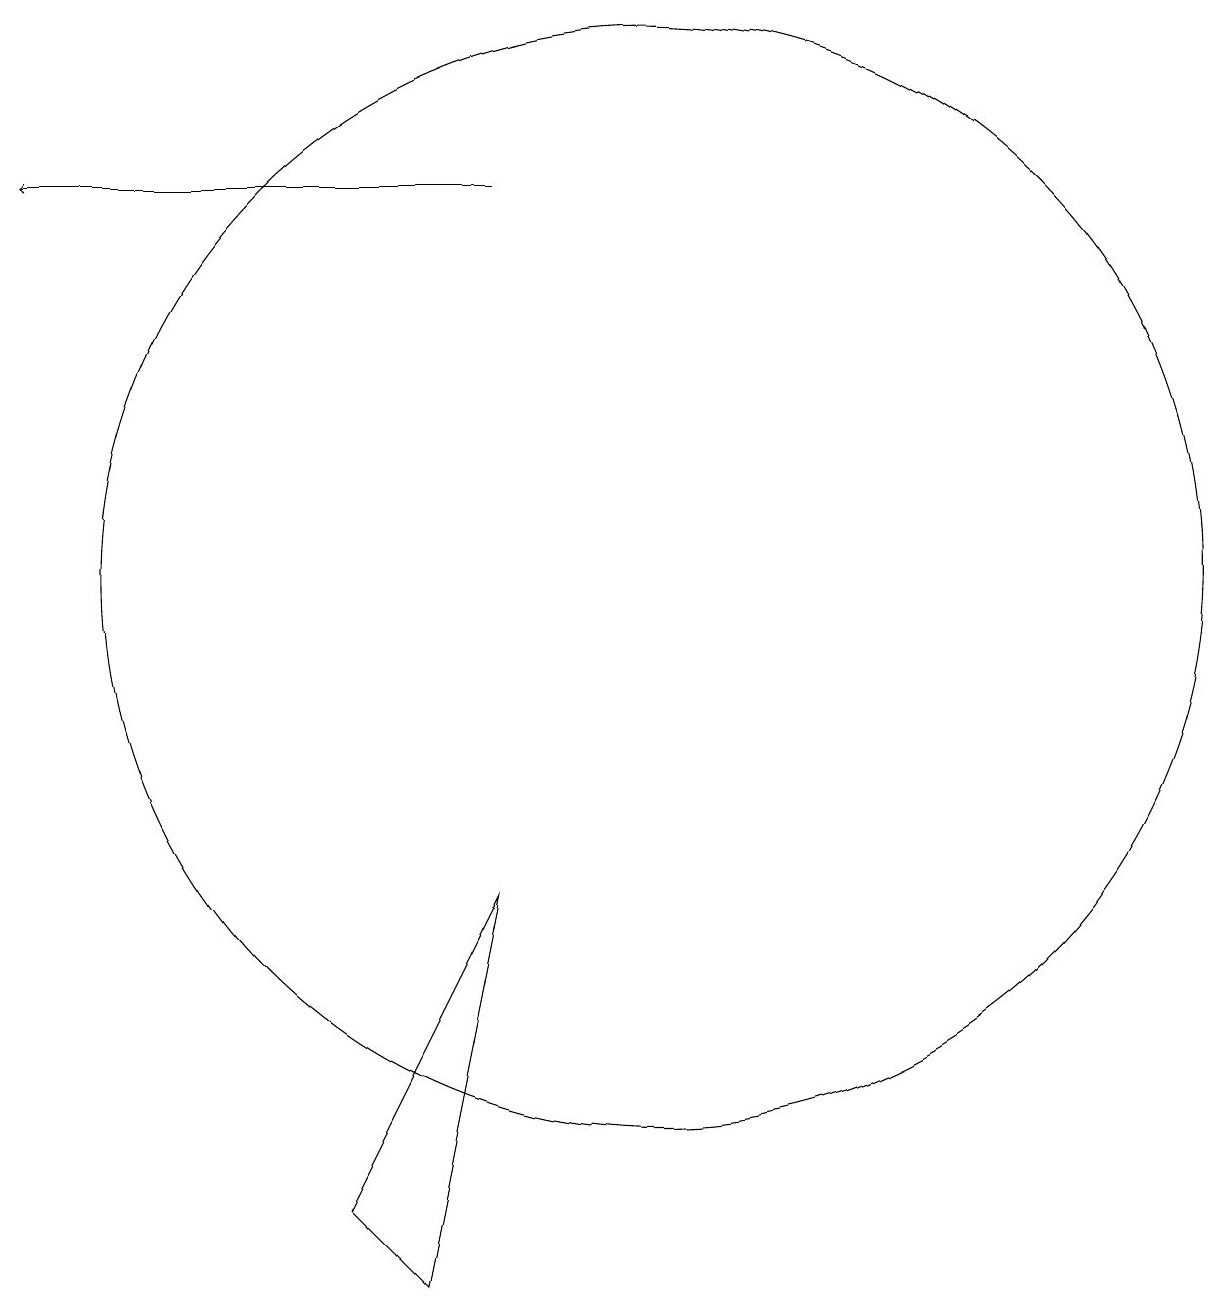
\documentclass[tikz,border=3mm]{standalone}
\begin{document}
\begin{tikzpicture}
\draw (11,10) circle (0);
\draw[->] (9,15) -- (3,15);
\draw (11,10) circle (7);
\draw (7,2) -- (9,6) -- (8,1) -- cycle;
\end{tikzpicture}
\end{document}